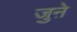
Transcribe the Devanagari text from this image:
जुऩे